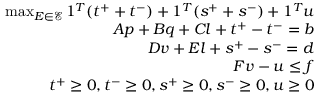
\begin{array} { r } { \operatorname* { m a x } _ { E \in \mathcal { E } } { 1 ^ { T } ( t ^ { + } + t ^ { - } ) + 1 ^ { T } ( s ^ { + } + s ^ { - } ) + 1 ^ { T } u } } \\ { A p + B q + C l + t ^ { + } - t ^ { - } = b } \\ { D v + E l + s ^ { + } - s ^ { - } = d } \\ { F v - u \le f } \\ { t ^ { + } \ge 0 , t ^ { - } \ge 0 , s ^ { + } \ge 0 , s ^ { - } \ge 0 , u \ge 0 } \end{array}